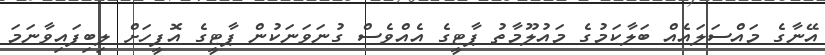
އޭނާގެ މައްސަލައެއް ބަލާކަމުގެ މައުލޫމާތު ޕާޓީގެ އެއްވެސް ގުނަވަނަކުން ޕާޓީގެ އޮފީހަށް ލިބިފައިވާނަމަ